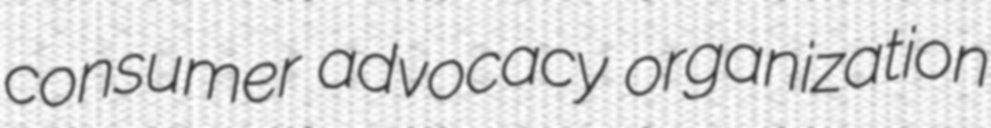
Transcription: consumer advocacy organization